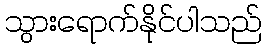
သွားရောက်နိုင်ပါသည်